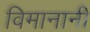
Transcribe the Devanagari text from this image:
विमानानी